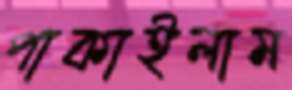
পাকাইলাম